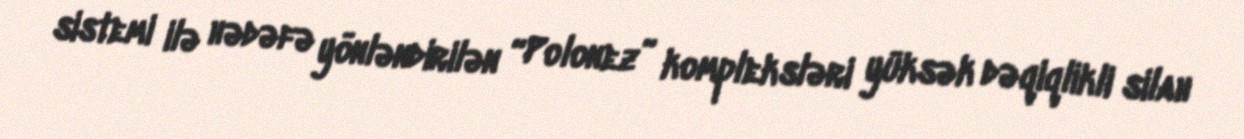
sistemi ilə hədəfə yönləndirilən “Polonez” kompleksləri yüksək dəqiqlikli silah